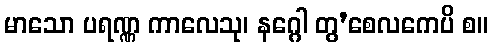
မာသော ပရဏ္ဏ ကာလေသု၊ နဂ္ဂေါ တွ’စေလကေပိ စ။